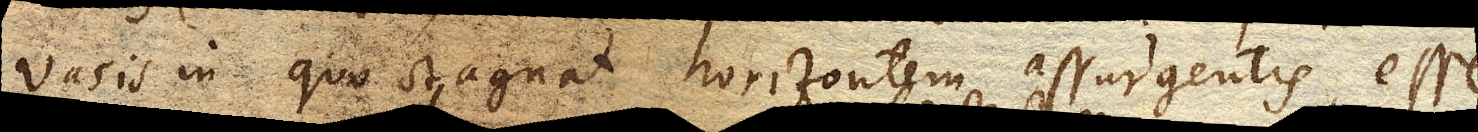
vasis in quo stagnat horizontem assurgentis, esse